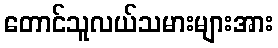
တောင်သူလယ်သမားများအား